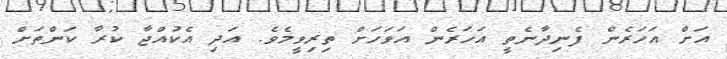
އަށް އަހަރެން ފެނިދާނެތީ އަހަރެން އަވަހަށް ތިރިވީމެވެ. އަދި އެކުއްޖާ ކުރާ ކަންތަށް